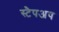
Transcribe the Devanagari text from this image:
स्टैपअप